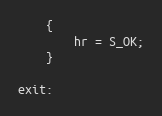
Language: C++
    {
        hr = S_OK;
    }

exit: